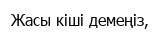
Жасы кіші демеңіз,